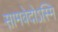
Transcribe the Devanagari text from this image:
सामवेदोऽस्मि